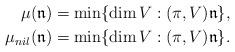
LaTeX: \begin{align*}\mu(\mathfrak{n}) &= \min \{\dim V : (\pi, V) \mathfrak{n}\}, \\\mu_{nil}(\mathfrak{n})&= \min \{\dim V : (\pi, V) \mathfrak{n}\}.\end{align*}